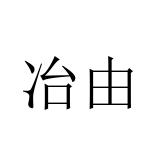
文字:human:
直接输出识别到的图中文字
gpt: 冶由